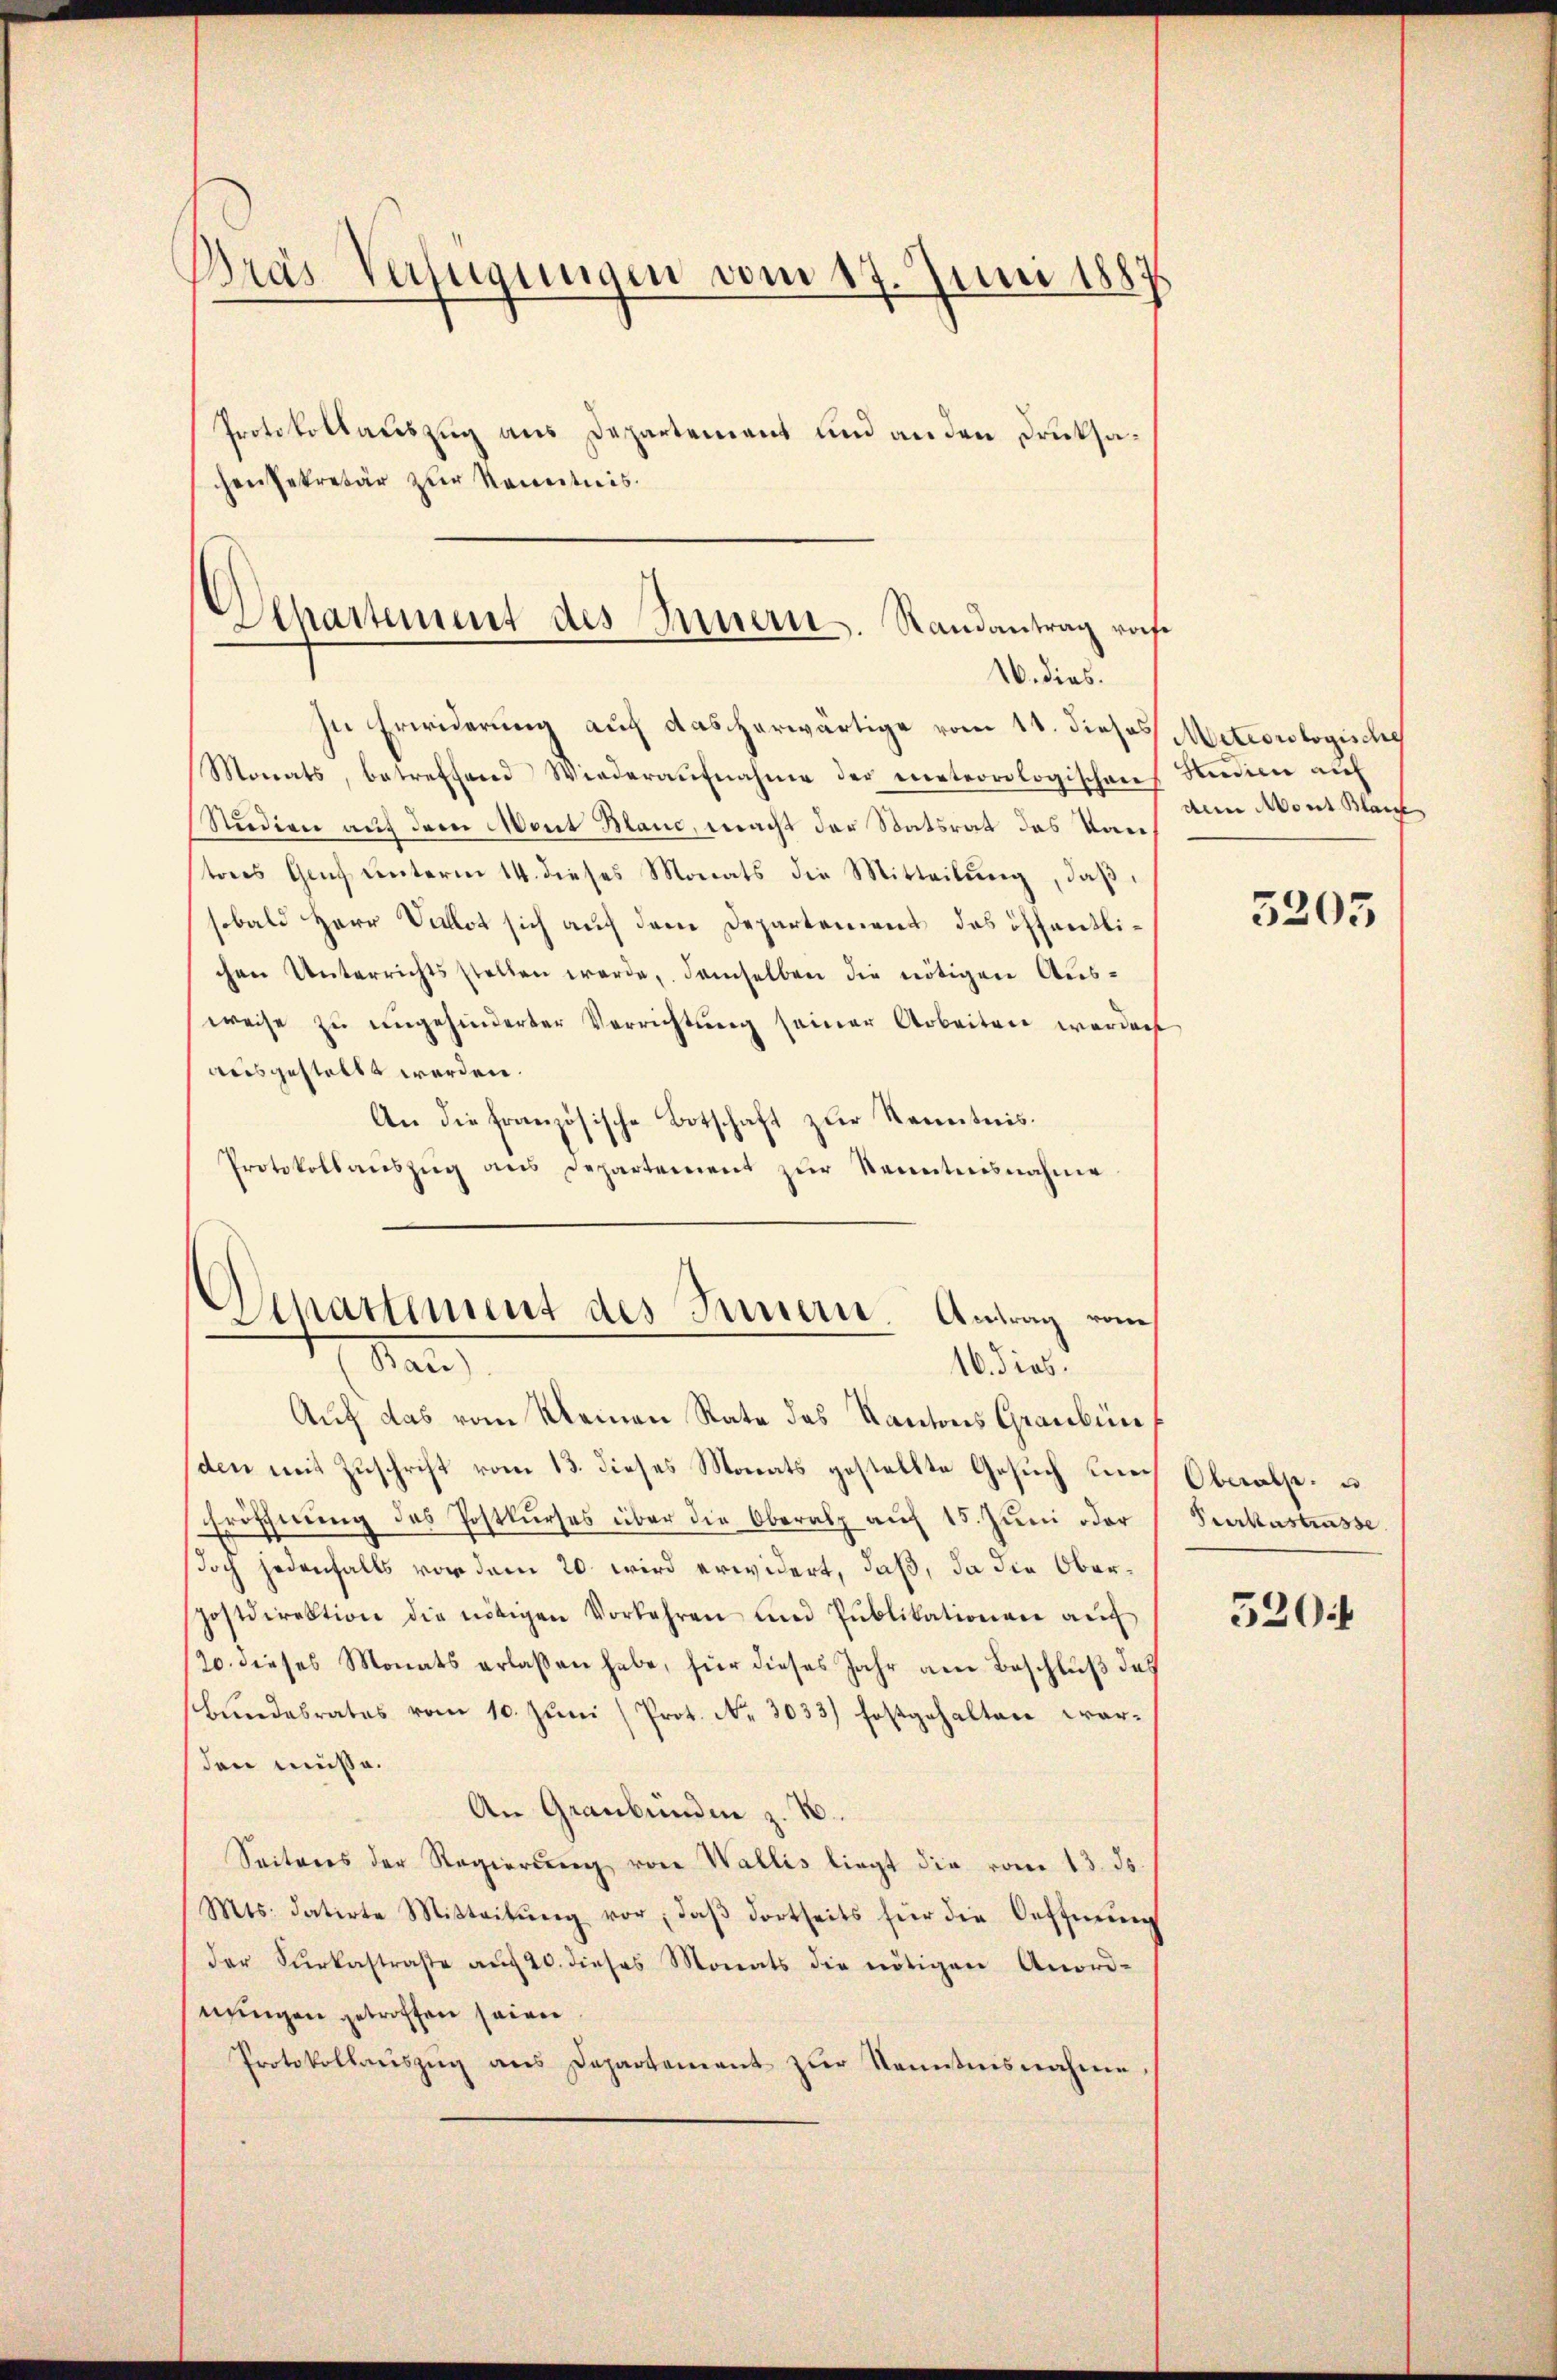
Dras Verfügungen vom 17. Juni 1887
Protokollauszug aus Departement und an den Druksachen Rekretär zur Kenntnis.

In Erwiderung auf das herwärtige vom 11. dieses Meteorologische
Monats, betreffend Wiederaŭfnahme der meteorologischen Bedien auf
Studien auf dem Mont Blanc, macht der Statsrat das Kantores Genf unterm 14. dieses Monats die Mitteilung, daß
sobald Herr Vallot sich auf dem Departement des öffentlichen Unterrichtsstellen werde, demselben die nötigen Aus-
weise zŭ eingehinderter Verrichtŭng seiner Arbeiten werden
ausgestellt werden.
An die französische Botschaft zur Kenntnis.
Protokollaŭszŭg ans Departement zŭr Kenntnisnahme
Auf das vom Kleinen Rate des Kantons Graubün
(den mit Zuschrift vom 13. dieses Monats gestellte Gesuch une¬
Eröffnung des Postkurses über die Oberalp auf 15. Juni oder
doch jedenfalls vor dem 20. wird erwidert, daß, da die Ober¬
Postdirektion die nötigen Vorkehren und Pŭblikationen auf
/20. dieses Monats erlaßen habe, für dieses Jahr am Beschluß das
bŭndesrates vom 10. Jŭni (Prot. Nr. 3033) festgehalten war-
den müße.
An Graubünden z. B.
Seiteres der Regierŭng von Wallis liegt die vom 13. ds.
Mts. datirte Mitteilŭng vor, daβ dortseits für die Oeffnung
der Sŭrkastraβe aŭf 20. dieses Monats die nötigen Anord-
nungen getroffen seien.
Protokollaŭszŭg ans Departement zŭr Kenntnisnahme,

Separtement des Innern. Randantrag von
16. dies

Separtement des Innern. Antrag vom
Man
10 dies

dem Mont Blai

3205

Oberalp.
Vverkastrasse

5204